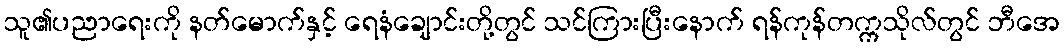
သူ၏ပညာရေးကို နတ်မောက်နှင့် ရေနံချောင်းတို့တွင် သင်ကြားပြီးနောက် ရန်ကုန်တက္ကသိုလ်တွင် ဘီအေ